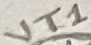
Text: VT1